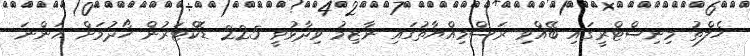
ހެލްތު މިނިސްޓްރީގައި ބޭއްވި ރަސްމިއްޔާތުގައި ނާޒިމު ވިދާޅުވީ 225 ޑޮކްޓަރުން ހޯދުމަށް އަންނަ